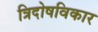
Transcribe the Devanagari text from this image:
त्रिदोषविकार